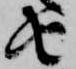
由